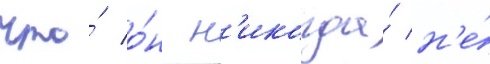
что́ о́н н'икогда́ н'е́